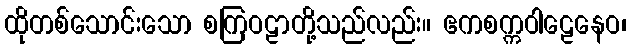
ထိုတစ်သောင်းသော စကြဝဠာတို့သည်လည်း။ ဧကစက္ကဝါဠေနေဝ၊